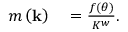
\begin{array} { r l } { m \left( \mathbf { k } \right) } & { { } = \frac { f \left( \theta \right) } { K ^ { w } } . } \end{array}